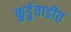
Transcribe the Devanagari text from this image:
कुर्डुवाडीत